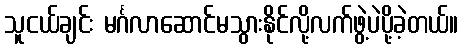
သူငယ်ချင်း မင်္ဂလာဆောင်မသွားနိုင်လို့လက်ဖွဲ့ပဲပို့ခဲ့တယ်။